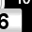
Digit: 6